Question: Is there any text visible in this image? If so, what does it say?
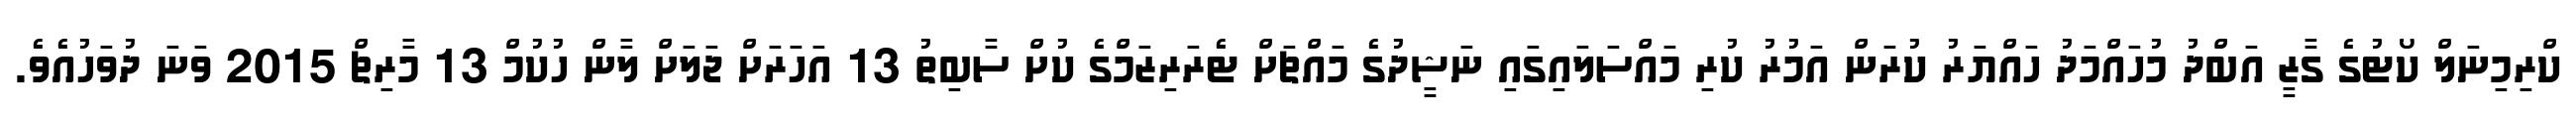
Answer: ކްރިމިނަލް ކޯޓުގެ ގާޒީ އަބްދު މުހައްމަދު ހައްޔަރު ކުރަން އަމުރު ކުރި މައްސަލައިގައި ނަޝީދުގެ މައްޗަށް ޓެރަރިޒަމްގެ ކުށް ސާބިތު 13 އަހަރަށް ޖަލަށް ލާން ހުކުމް 13 މާރިޗް 2015 ވަނަ ދުވަހުއެވެ.